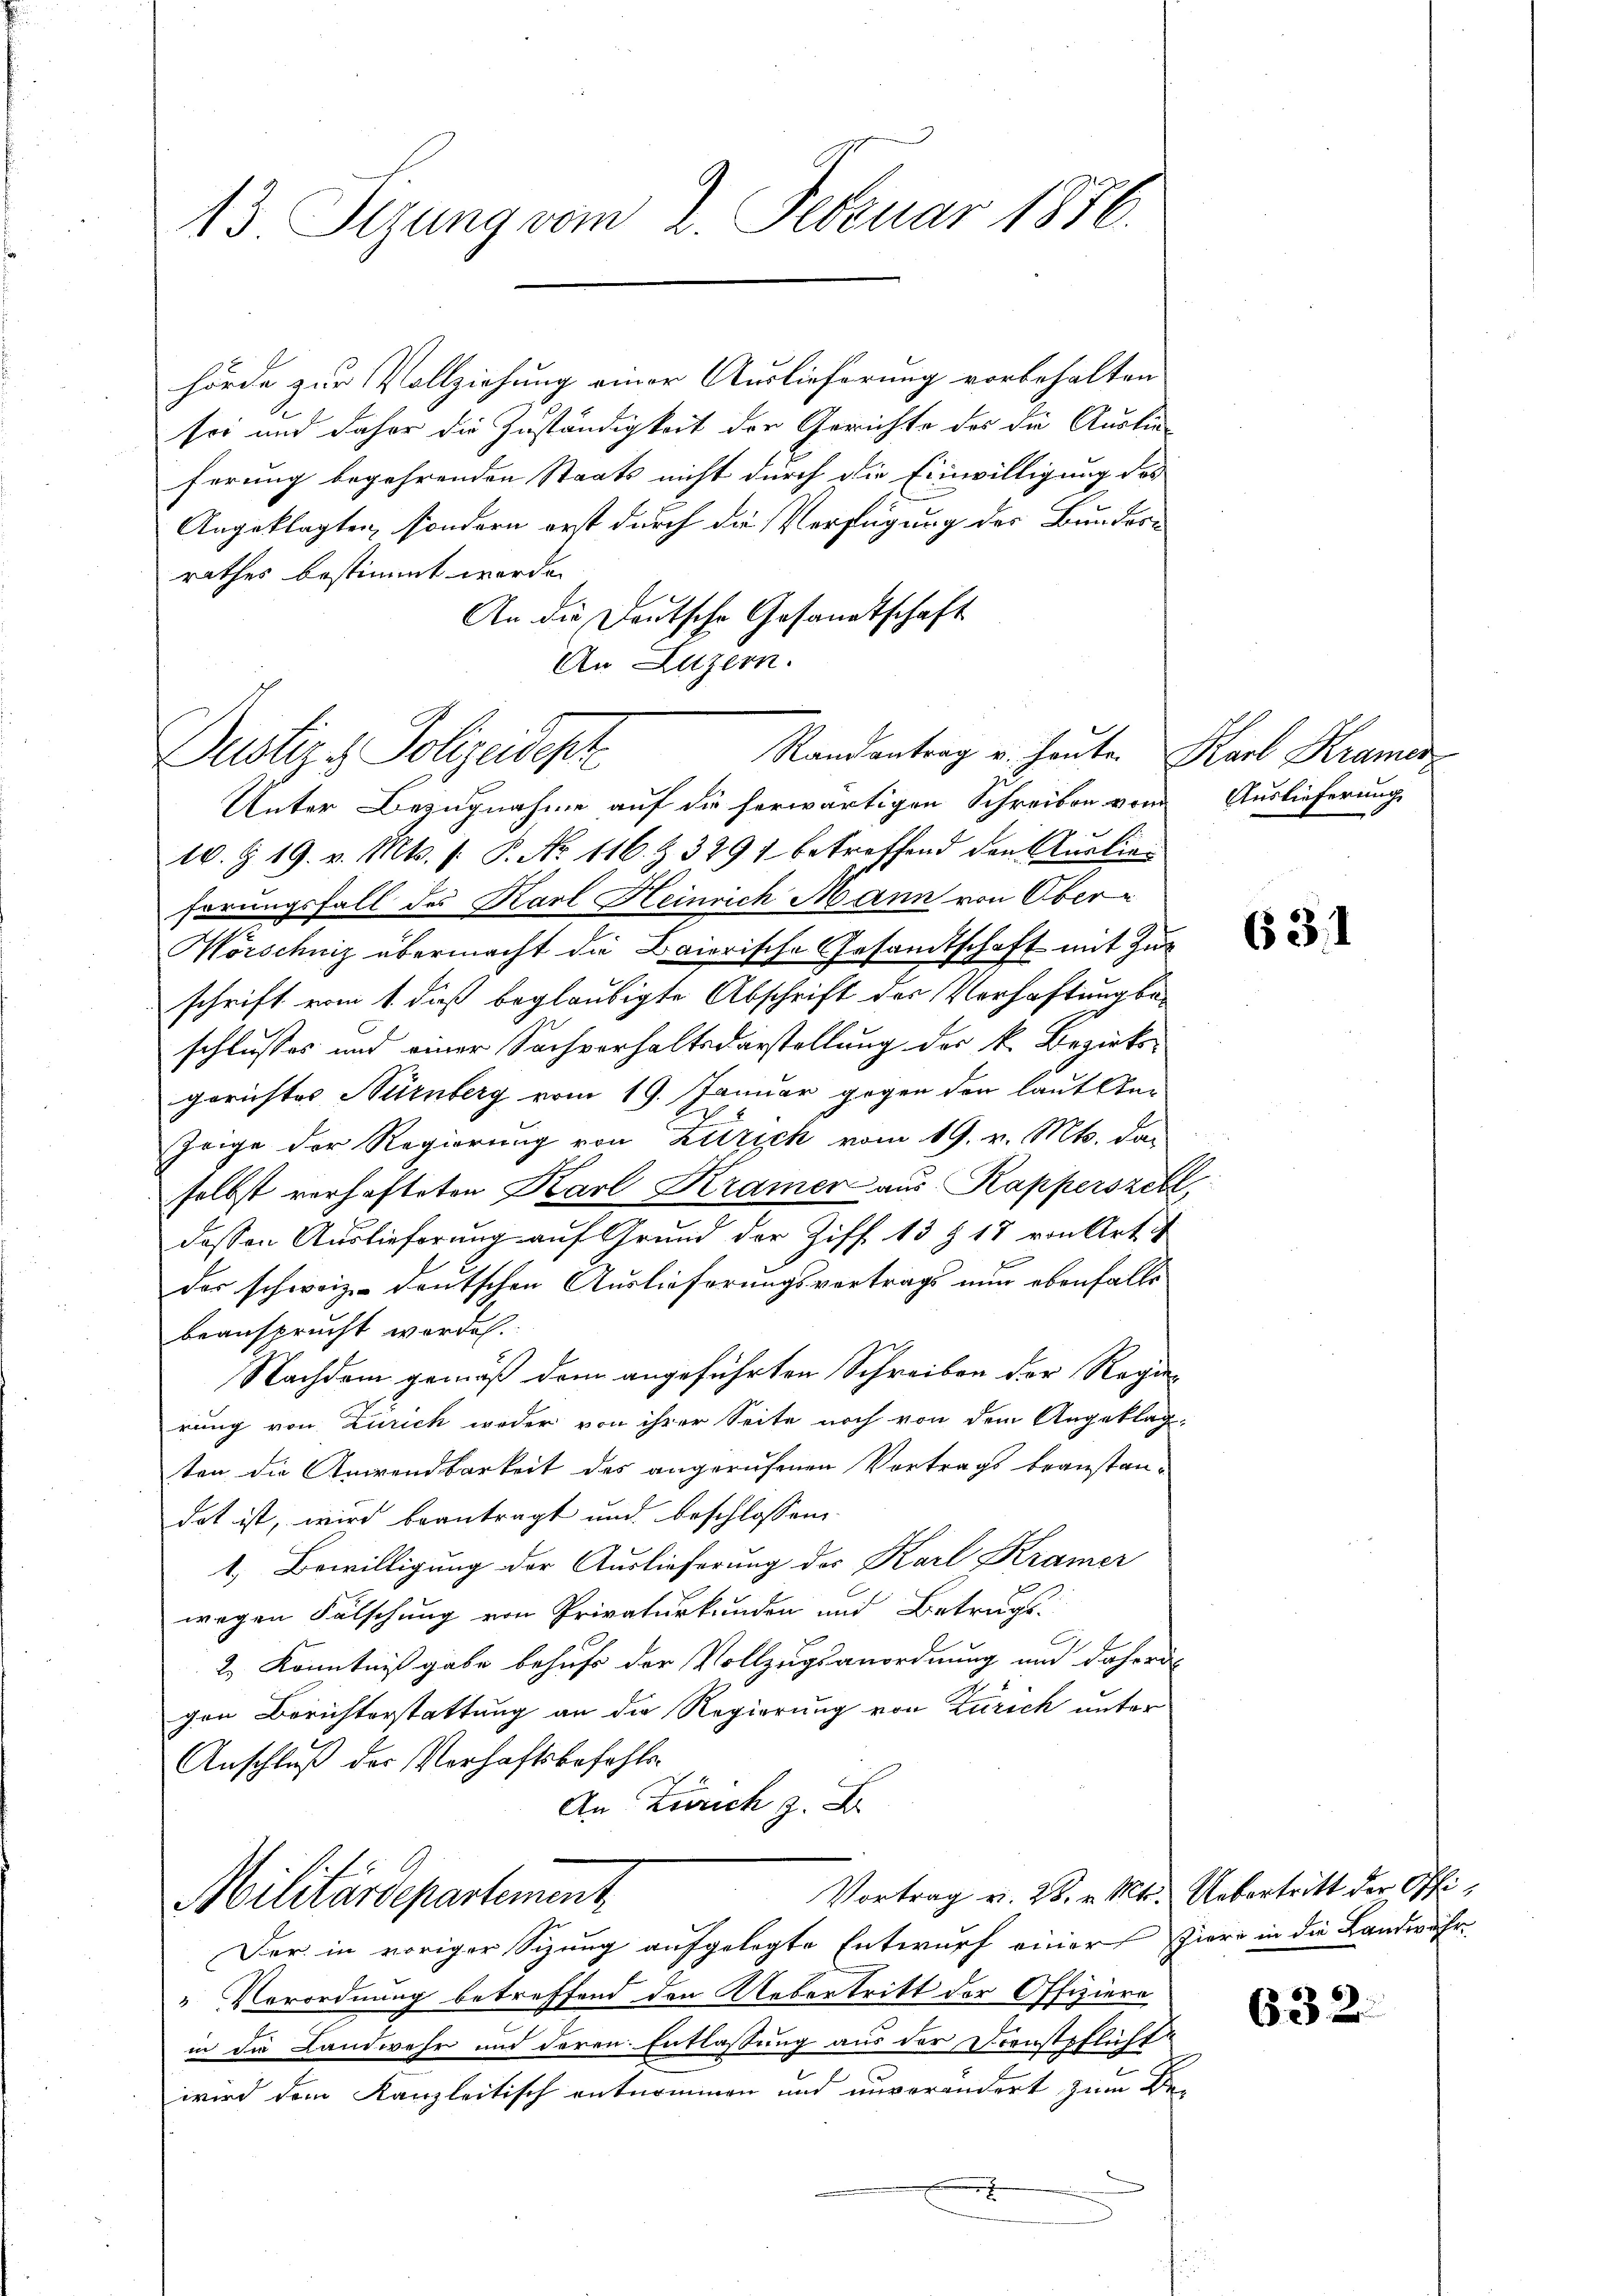
13. Sizung vom 2. Februar 1876.

hörde zur Vollziehung einer Auslieferung vorbehalten
sei und daher die Zuständigkeit der Gerichte des die Auslie-
ferung begehrenden Staats nicht durch die Einwilligung des
Angeklagten, sondern erst durch die Verfügung der Bundes-
rathes bestimmt werden
An die Deutsche Gesandtschaft
An Luzern.
Unter Bezugnahme auf die herwärtigen Schreiben vom
10. §. 19. v. Mts. (: P. Nr. 116. & 329 betreffend den Auslieförungsfall des Karl Heinrich Mann von Ober¬
Wörschniz übermacht die Baiorische Gesandtschaft mit Zuschrift vom 1. dieß beglaubigte Abschrift der Verhaftung beschlusses und einer Sachverhaltsdarstellung der k. Bezirksgerichtes Nürnberg vom 19. Januar gegen den laut Stur
Zeige der Regierung von Zürich vom 19. v. Mts. das
selbst verhafteten Karl Kramer aus Kapperszell,
dessen Auslieferung auf Grund der Ziff. 13 § 17 von Art. 4
der schweiz deutschen Auslieferungsvertrags nun ebenfalls
beansprucht worden.
Nachdem gemäß dem angeführten Schreiben der Regie-
rung von Zürich weder von ihrer Seite noch von dem Angeklag-
ten die Anwendbarkeit des angerufenen Vortrags beanstan-
dat ist, wird beantragt und beschlossen
1. Bewilligung der Auslieferung des Karl Kramer
wegen Fälschung von Privaturkunden und Betrags-
2.) Kenntnißgabe behufs der Vollzugsanordnung und daheris
gen Berichterstattung an die Regierung von Zürich unter
Anschluß der Verhaftsbefehle
An Zürich z. B.
Vortrag v. 28. v. Mts. Uebertritt der Offi¬
Militärdepartement
Der in voriger Sizung aufgelegte Entwurf einer hiere in die Landwehr
Verordnung betreffend den Uebertritt der Offiziere
in die Landwehr und deren Entlassung aus der Dienstpflicht
wird dem Kanzleitisch entnommen und unverändert zum Be-
.

Randantrag u. heute Karl Kramer
Dustiz & Polizeidesz

Auslieferung

631

632.